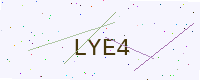
Text: LYE4